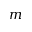
m